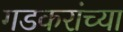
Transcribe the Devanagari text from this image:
गडकरांच्या